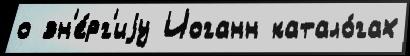
о эн'е́рг'иjу Иоганн катало́гах